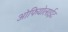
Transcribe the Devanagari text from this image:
ओफियोलाईट